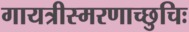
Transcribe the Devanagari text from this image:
गायत्रीस्मरणाच्छुचिः